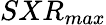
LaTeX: SXR_{max}